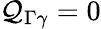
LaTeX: \mathcal{Q}_{\Gamma\gamma}=0